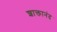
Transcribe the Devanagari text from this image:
शाक्तानंद